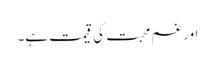
اور غم محبت کی قیمت ہے۔